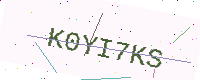
Text: K0YI7KS